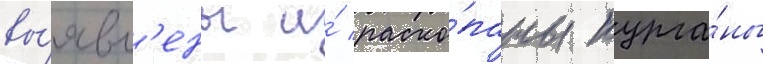
вы́явл'ены и́ раско́паны курга́ны